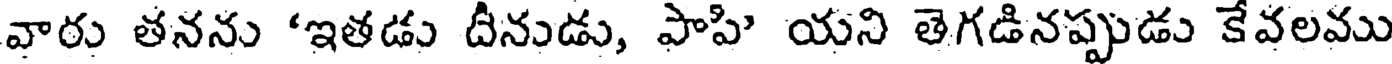
వారు తనను 'ఇతడు దీనుడు, పాపి యని తెగడినప్పుడు కేవలము